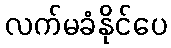
လက်မခံနိုင်ပေ